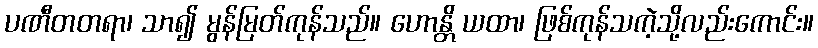
ပဏီတတရာ၊ သာ၍ မွန်မြတ်ကုန်သည်။ ဟောန္တိ ယထာ၊ ဖြစ်ကုန်သကဲ့သို့လည်းကောင်း။